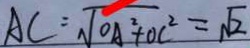
A C = \sqrt { O A ^ { 2 } + O C ^ { 2 } } = \sqrt { 2 }